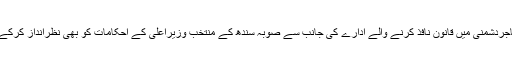
ایک بیان میں انہوںنے کہاکہ ایم کیوایم اور مہاجردشمنی میں قانون نافذ کرنے والے ادارے کی جانب سے صوبہ سندھ کے منتخب وزیراعلیٰ کے احکامات کو بھی نظرانداز کرکے آئین اورقانون کی دھجیاں بکھیری جارہی ہیں۔